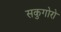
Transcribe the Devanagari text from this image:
सकुगोरो